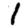
Digit: 1